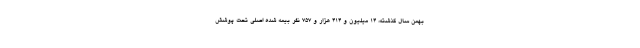
بهمن سال گذشته، ۱۴ میلیون و ۴۱۴ هزار و ۷۵۷ نفر بیمه شده اصلی تحت پوشش